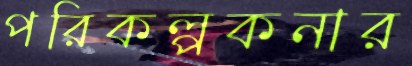
পরিকল্পকনার